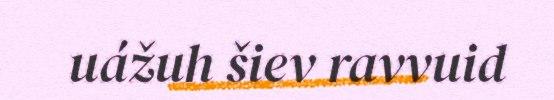
uážuh šiev ravvuid